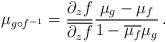
LaTeX: \begin{align*} \mu_{g\circ f^{-1}}=\frac{\partial_z f}{\overline{\partial_{ z} f}}\frac{\mu_g-\mu_f}{1-\overline{\mu_f}\mu_g}\,.\end{align*}